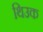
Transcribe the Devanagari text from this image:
थिउक